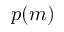
p ( m )